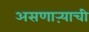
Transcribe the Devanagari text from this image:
असणाऱ्याची